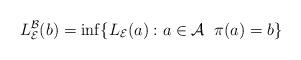
LaTeX: \begin{gather*}L_{\mathcal E}^{\mathcal B}(b)=\inf \{L_{\mathcal E}(a):a \in {\mathcal A}\;\;\pi(a)=b\}\end{gather*}